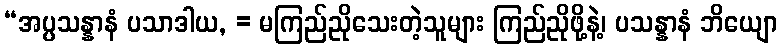
“အပ္ပသန္နာနံ ပသာဒါယ, = မကြည်ညိုသေးတဲ့သူများ ကြည်ညိုဖို့နဲ့၊ ပသန္နာနံ ဘိယျော